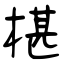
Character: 椹